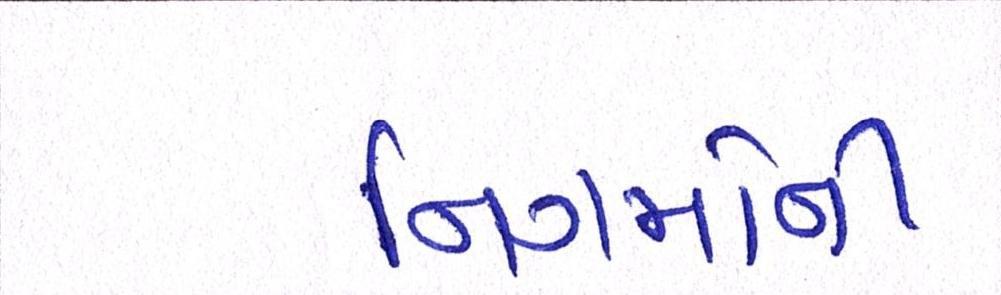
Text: નિગમોની